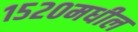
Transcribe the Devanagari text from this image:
१५२०मधील